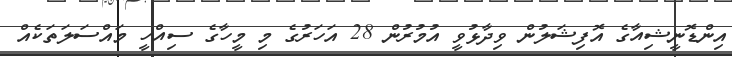
އިންޑޮނީޝިއާގެ އޮފިޝަލުން ވިދާޅުވީ އުމުރުން 28 އަހަރުގެ މި މީހާގެ ސިއްހީ މައްސަލަތަކެއް